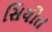
સિયોત